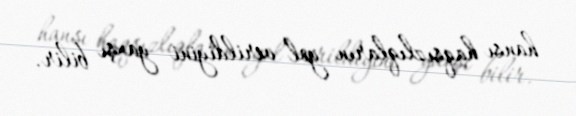
hansı haqsızlıqların yol verildiyini yaxşı bilir.